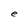
Character: e